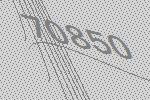
70850